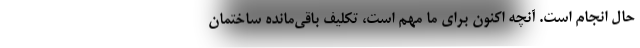
حال انجام است. آنچه اکنون برای ما مهم است، تکلیف باقی‌مانده ساختمان